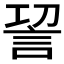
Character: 𮗿